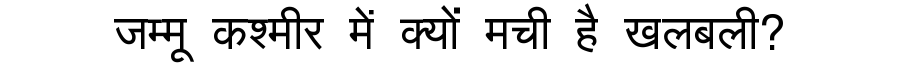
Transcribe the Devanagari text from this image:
जम्मू कश्मीर में क्यों मची है खलबली?